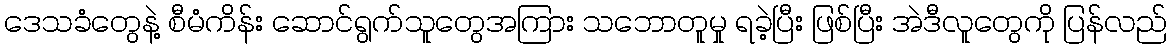
ဒေသခံတွေနဲ့ စီမံကိန်း ဆောင်ရွက်သူတွေအကြား သဘောတူမှု ရခဲ့ပြီး ဖြစ်ပြီး အဲဒီလူတွေကို ပြန်လည်